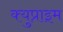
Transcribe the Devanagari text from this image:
क्युप्राइम